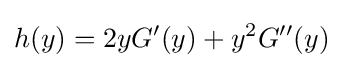
h(y)=2yG'(y)+y^{2}G''(y)